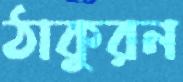
ঠাকুরন